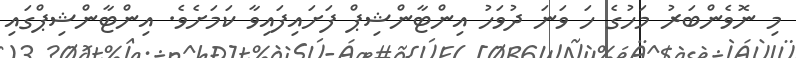
މި ނޮވެންބަރު މަހުގެ ހަ ވަނަ ދުވަހު އިންޓާންޝިޕް ފަށައިފައިވާ ކަމަށެވެ. އިންޓާންޝިޕްގައި